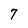
Character: 7